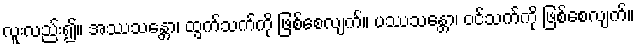
လူးလည်း၍။ အဿသန္တော၊ ထွက်သက်ကို ဖြစ်စေလျက်။ ပဿသန္တော၊ ဝင်သက်ကို ဖြစ်စေလျက်။